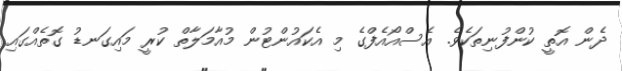
ދެން އޮތީ ކުންފުނިތަކެވެ. އެސްއޯއެފްގެ މި އެކައުންޓުން މުއާމަލާތް ކުރީ މައިގަނޑު ގޮތެއްގައި